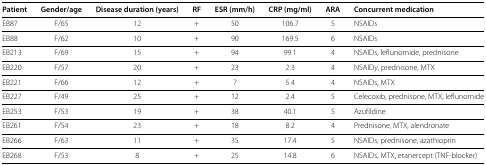
<table><thead><tr><td><b>Patient</b></td><td><b>Gender/age</b></td><td><b>Disease duration (years)</b></td><td><b>RF</b></td><td><b>ESR (mm/h)</b></td><td><b>CRP (mg/ml)</b></td><td><b>ARA</b></td><td><b>Concurrent medication</b></td></tr></thead><tbody><tr><td>EB87</td><td>F/65</td><td>12</td><td>+</td><td>50</td><td>106.7</td><td>5</td><td>NSAIDs</td></tr><tr><td>EB88</td><td>F/62</td><td>10</td><td>+</td><td>90</td><td>169.5</td><td>6</td><td>NSAIDs</td></tr><tr><td>EB213</td><td>F/69</td><td>15</td><td>+</td><td>94</td><td>99.1</td><td>4</td><td>NSAIDs, leflunomide, prednisone</td></tr><tr><td>EB220</td><td>F/57</td><td>20</td><td>+</td><td>23</td><td>2.3</td><td>4</td><td>NSAIDy, prednisone, MTX</td></tr><tr><td>EB221</td><td>F/66</td><td>12</td><td>+</td><td>7</td><td>5.4</td><td>4</td><td>NSAIDs, MTX</td></tr><tr><td>EB227</td><td>F/49</td><td>25</td><td>+</td><td>12</td><td>2.4</td><td>5</td><td>Celecoxib, prednisone, MTX, leflunomide</td></tr><tr><td>EB253</td><td>F/53</td><td>19</td><td>+</td><td>38</td><td>40.1</td><td>5</td><td>Azufildine</td></tr><tr><td>EB261</td><td>F/54</td><td>23</td><td>+</td><td>18</td><td>8.2</td><td>4</td><td>Prednisone, MTX, alendronate</td></tr><tr><td>EB266</td><td>F/63</td><td>11</td><td>+</td><td>35</td><td>17.4</td><td>5</td><td>NSAIDs, prednisone, azathioprin</td></tr><tr><td>EB268</td><td>F/53</td><td>8</td><td>+</td><td>25</td><td>14.8</td><td>6</td><td>NSAIDs, MTX, etanercept (TNF-blocker)</td></tr></tbody></table>